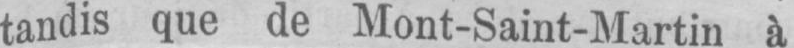
tandis que de Mont-Saint-Martin à